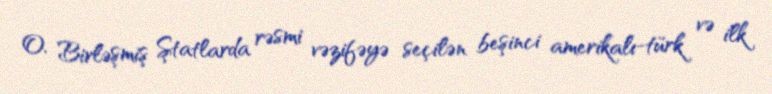
O, Birləşmiş Ştatlarda rəsmi vəzifəyə seçilən beşinci amerikalı-türk və ilk